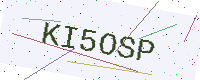
Text: KI5OSP